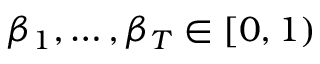
\beta _ { 1 } , \dots , \beta _ { T } \in [ 0 , 1 )